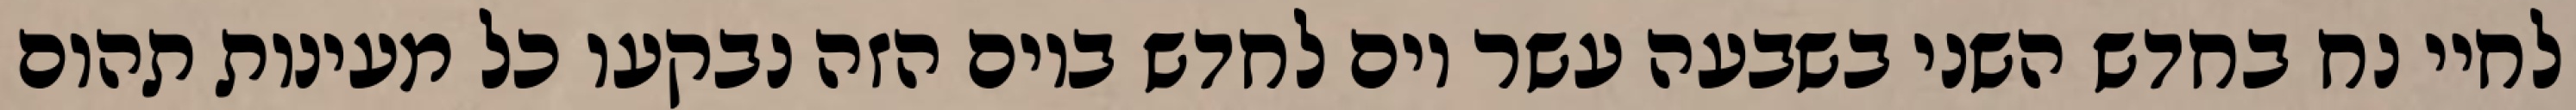
לחיי נח בחדש השני בשבעה עשר יום לחדש ביום הזה נבקעו כל מעינות תהום